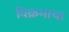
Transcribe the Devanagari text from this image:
विक्रमाचा